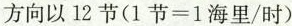
方向以12节($$1节=1海里/时$$)